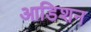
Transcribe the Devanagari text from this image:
आडिशन